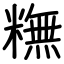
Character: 𥼣